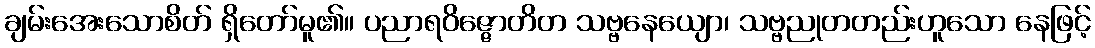
ချမ်းအေးသောစိတ် ရှိတော်မူ၏။ ပညာရဝိဇ္ဇောတိတ သဗ္ဗနေယျော၊ သဗ္ဗညုတတည်းဟူသော နေဖြင့်